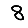
Digit: 8